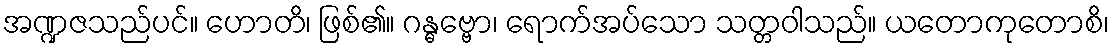
အဏ္ဍဇသည်ပင်။ ဟောတိ၊ ဖြစ်၏။ ဂန္ဓဗ္ဗော၊ ရောက်အပ်သော သတ္တဝါသည်။ ယတောကုတောစိ၊